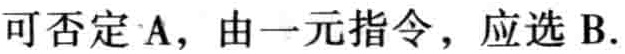
可否定A, 由一元指令, 应选B.